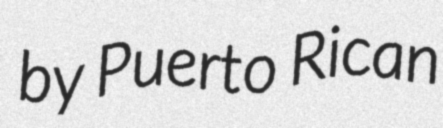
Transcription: by Puerto Rican